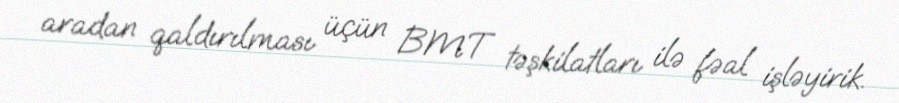
aradan qaldırılması üçün BMT təşkilatları ilə fəal işləyirik.